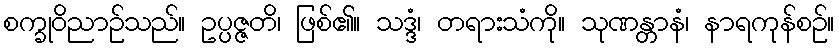
စက္ခုဝိညာဉ်သည်။ ဥပ္ပဇ္ဇတိ၊ ဖြစ်၏။ သဒ္ဒံ၊ တရားသံကို။ သုဏန္တာနံ၊ နာရကုန်စဉ်။